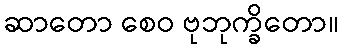
ဆာတော စေဝ ဗုဘုက္ခိတော။